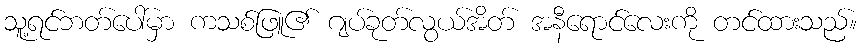
သူ့ရင်ဘတ်ပေါ်မှာ ကသစ်ဖြူ၏ ဂျပ်ခုတ်လွယ်အိတ် အနီရောင်လေးကို တင်ထားသည်။